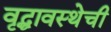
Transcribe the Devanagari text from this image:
वृद्धावस्थेची